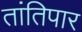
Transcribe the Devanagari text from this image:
तांतिपार